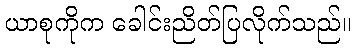
ယာစုကိုက ခေါင်းညိတ်ပြလိုက်သည်။